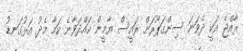
ރާއްޖެ އަކީ ދެވަނަ ސިންގަޕޫރަށް ރައީސް ޔާމީން ހައްދަވާނެ ކަމާ މެދު އަޅުގަނޑު